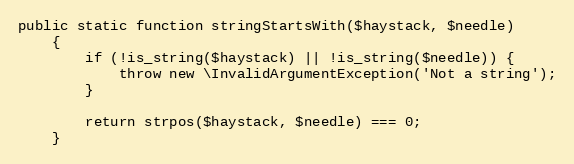
Language: PHP
public static function stringStartsWith($haystack, $needle)
    {
        if (!is_string($haystack) || !is_string($needle)) {
            throw new \InvalidArgumentException('Not a string');
        }

        return strpos($haystack, $needle) === 0;
    }